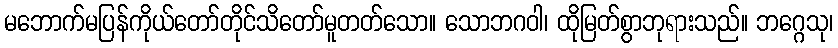
မဘောက်မပြန်ကိုယ်တော်တိုင်သိတော်မူတတ်သော။ သောဘဂဝါ၊ ထိုမြတ်စွာဘုရားသည်။ ဘဂ္ဂေသု၊